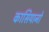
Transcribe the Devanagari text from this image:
कासियानो